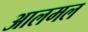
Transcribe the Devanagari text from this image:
आलमल